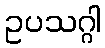
ဥပသဂ္ဂါ